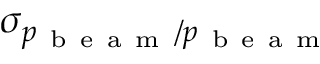
\sigma _ { p _ { \mathrm { ~ b ~ e ~ a ~ m ~ } } / p _ { \mathrm { ~ b ~ e ~ a ~ m ~ } } }